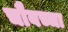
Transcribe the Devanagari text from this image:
चौबच्चा